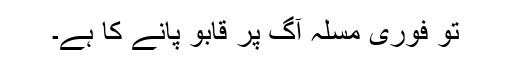
تو فوری مسلہ آگ پر قابو پانے کا ہے۔